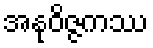
အနုဝိဇ္ဇကဿ